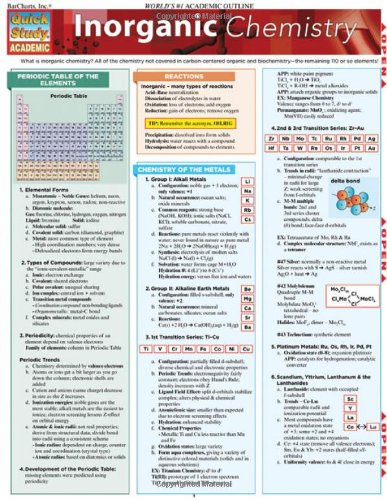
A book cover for Inorganic Chemistry (Quickstudy: Academic); Inc. BarCharts; Science & Math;